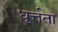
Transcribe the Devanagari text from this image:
धूर्त्तता